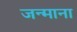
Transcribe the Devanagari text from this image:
जन्माना